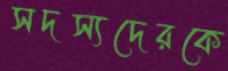
সদস্যদেরকে